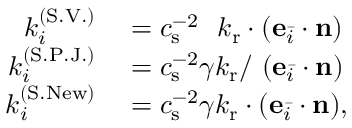
\begin{array} { r l } { k _ { i } ^ { ( \mathrm { S . V . } ) } } & { { } = c _ { \mathrm { s } } ^ { - 2 } \ \ k _ { \mathrm { r } } \cdot ( \mathbf { e } _ { \bar { i } } \cdot \mathbf { n } ) } \\ { k _ { i } ^ { ( \mathrm { S . P . J . } ) } } & { { } = c _ { \mathrm { s } } ^ { - 2 } \gamma k _ { \mathrm { r } } / \ ( \mathbf { e } _ { \bar { i } } \cdot \mathbf { n } ) } \\ { k _ { i } ^ { ( \mathrm { S . N e w } ) } } & { { } = c _ { \mathrm { s } } ^ { - 2 } \gamma k _ { \mathrm { r } } \cdot ( \mathbf { e } _ { \bar { i } } \cdot \mathbf { n } ) , } \end{array}